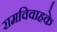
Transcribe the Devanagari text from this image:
रामविवाहके